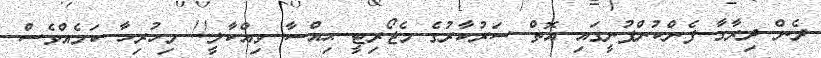
ދެން ދިރާގާ ފެންކުންފުނީގައި އޮތް ސަރުކާރުގެ މެޖޯރިޓީ ޙިއްސާ ވިއްކާލީ!! މިހުރިހާ ކަމެއްވެސް